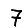
Digit: 7